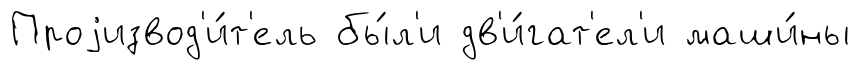
Проjизвод'и́т'ель бы́л'и дв'и́гат'ел'и маши́ны